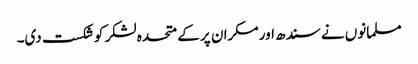
مسلمانوں نے سندھ اور مکران پر کے متحدہ لشکر کو شکست دی۔